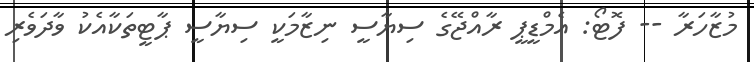
މުޒާހަރާ -- ފޮޓޯ: އެމްޑީޕީ ރާއްޖޭގެ ސިޔާސީ ނިޒާމަކީ ސިޔާސީ ޕާޓީތަކާއެކު ވާދަވެރި